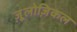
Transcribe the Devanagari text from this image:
ज़ूलोज़िकल